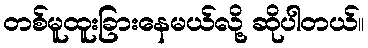
တစ်မူထူးခြားနေမယ်လို့ ဆိုပါတယ်။